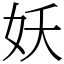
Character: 妖